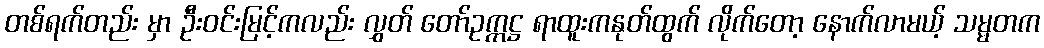
တစ်ရက်တည်း မှာ ဦးဝင်းမြင့်ကလည်း လွှတ် တော်ဥက္ကဋ္ဌ ရာထူးကနုတ်ထွက် လိုက်တော့ နောက်လာမယ့် သမ္မတက